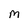
Character: M